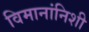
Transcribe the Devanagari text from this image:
विमानांनिशी